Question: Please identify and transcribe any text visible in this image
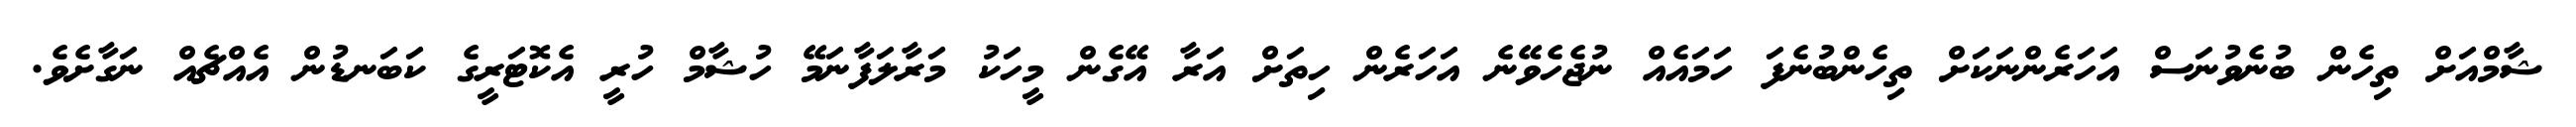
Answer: ޝާމްއަށް ތިހެން ބުނެވުނަސް އަހަރެންނަކަށް ތިހެންބުނެފަ ހަމައެއް ނުޖެހެވޭނެ އަހަރެން ހިތަށް އަރާ އޭގެން މީހަކު މަރާލަފާނަމޭ ހުޝާމް ހުރީ އެކޮޓަރީގެ ކަބަނޑުން އެއްޗެއް ނަގާށެވެ.